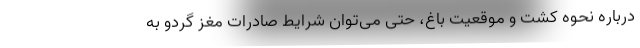
درباره نحوه کشت و موقعیت باغ، حتی می­‌توان شرایط صادرات مغز گردو به